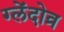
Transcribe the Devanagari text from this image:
ग्लेंदोव्र